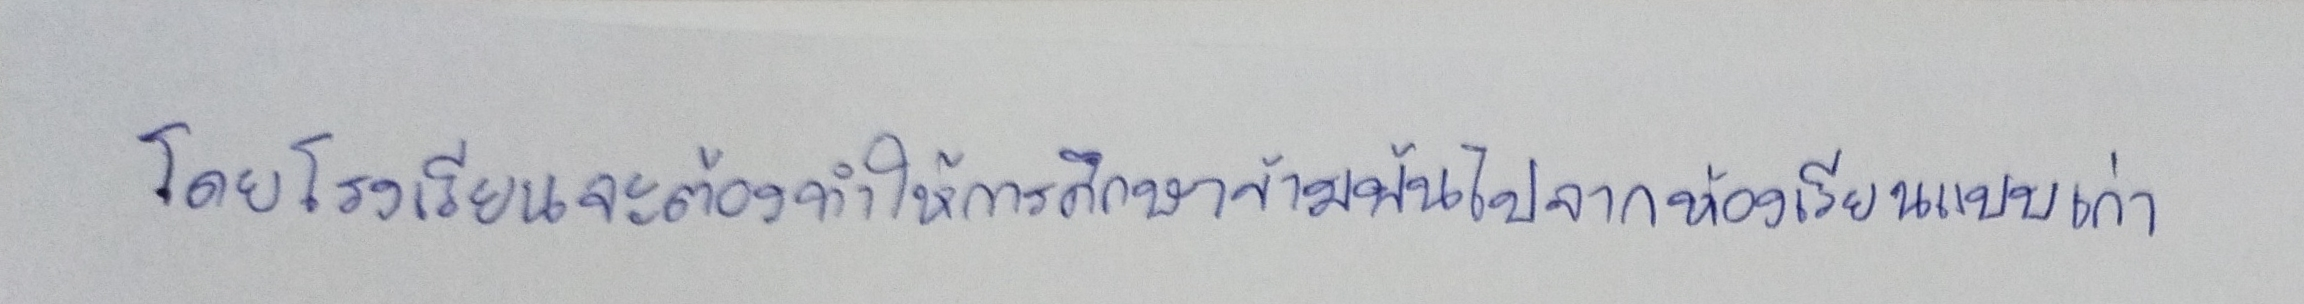
โดยโรงเรียนจะต้องทำให้การศึกษาข้ามพ้นไปจากห้องเรียนแบบเก่า